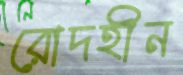
রোদহীন